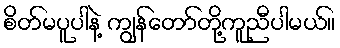
စိတ်မပူပါနဲ့ ကျွန်တော်တို့ကူညီပါမယ်။